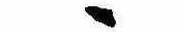
ゝ